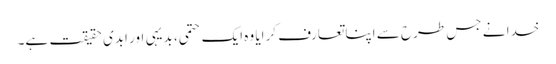
خدا نے جس طرح سے اپنا تعارف کرایا وہ ایک حتمی، بدیہی اور ابدی حقیقت ہے۔